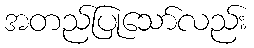
အတည်ပြုသော်လည်း